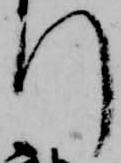
門